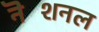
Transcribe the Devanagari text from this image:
नॆशनल